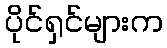
ပိုင်ရှင်များက